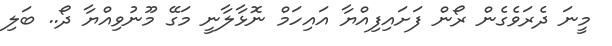
މީނަ ދެރަވެގެން ރޯން ފަށައިފިއްޔާ އައިހަމް ނޮޅާލާނީ މަގޭ މޫނުވިއްޔާ ދޯ.. ބަލި